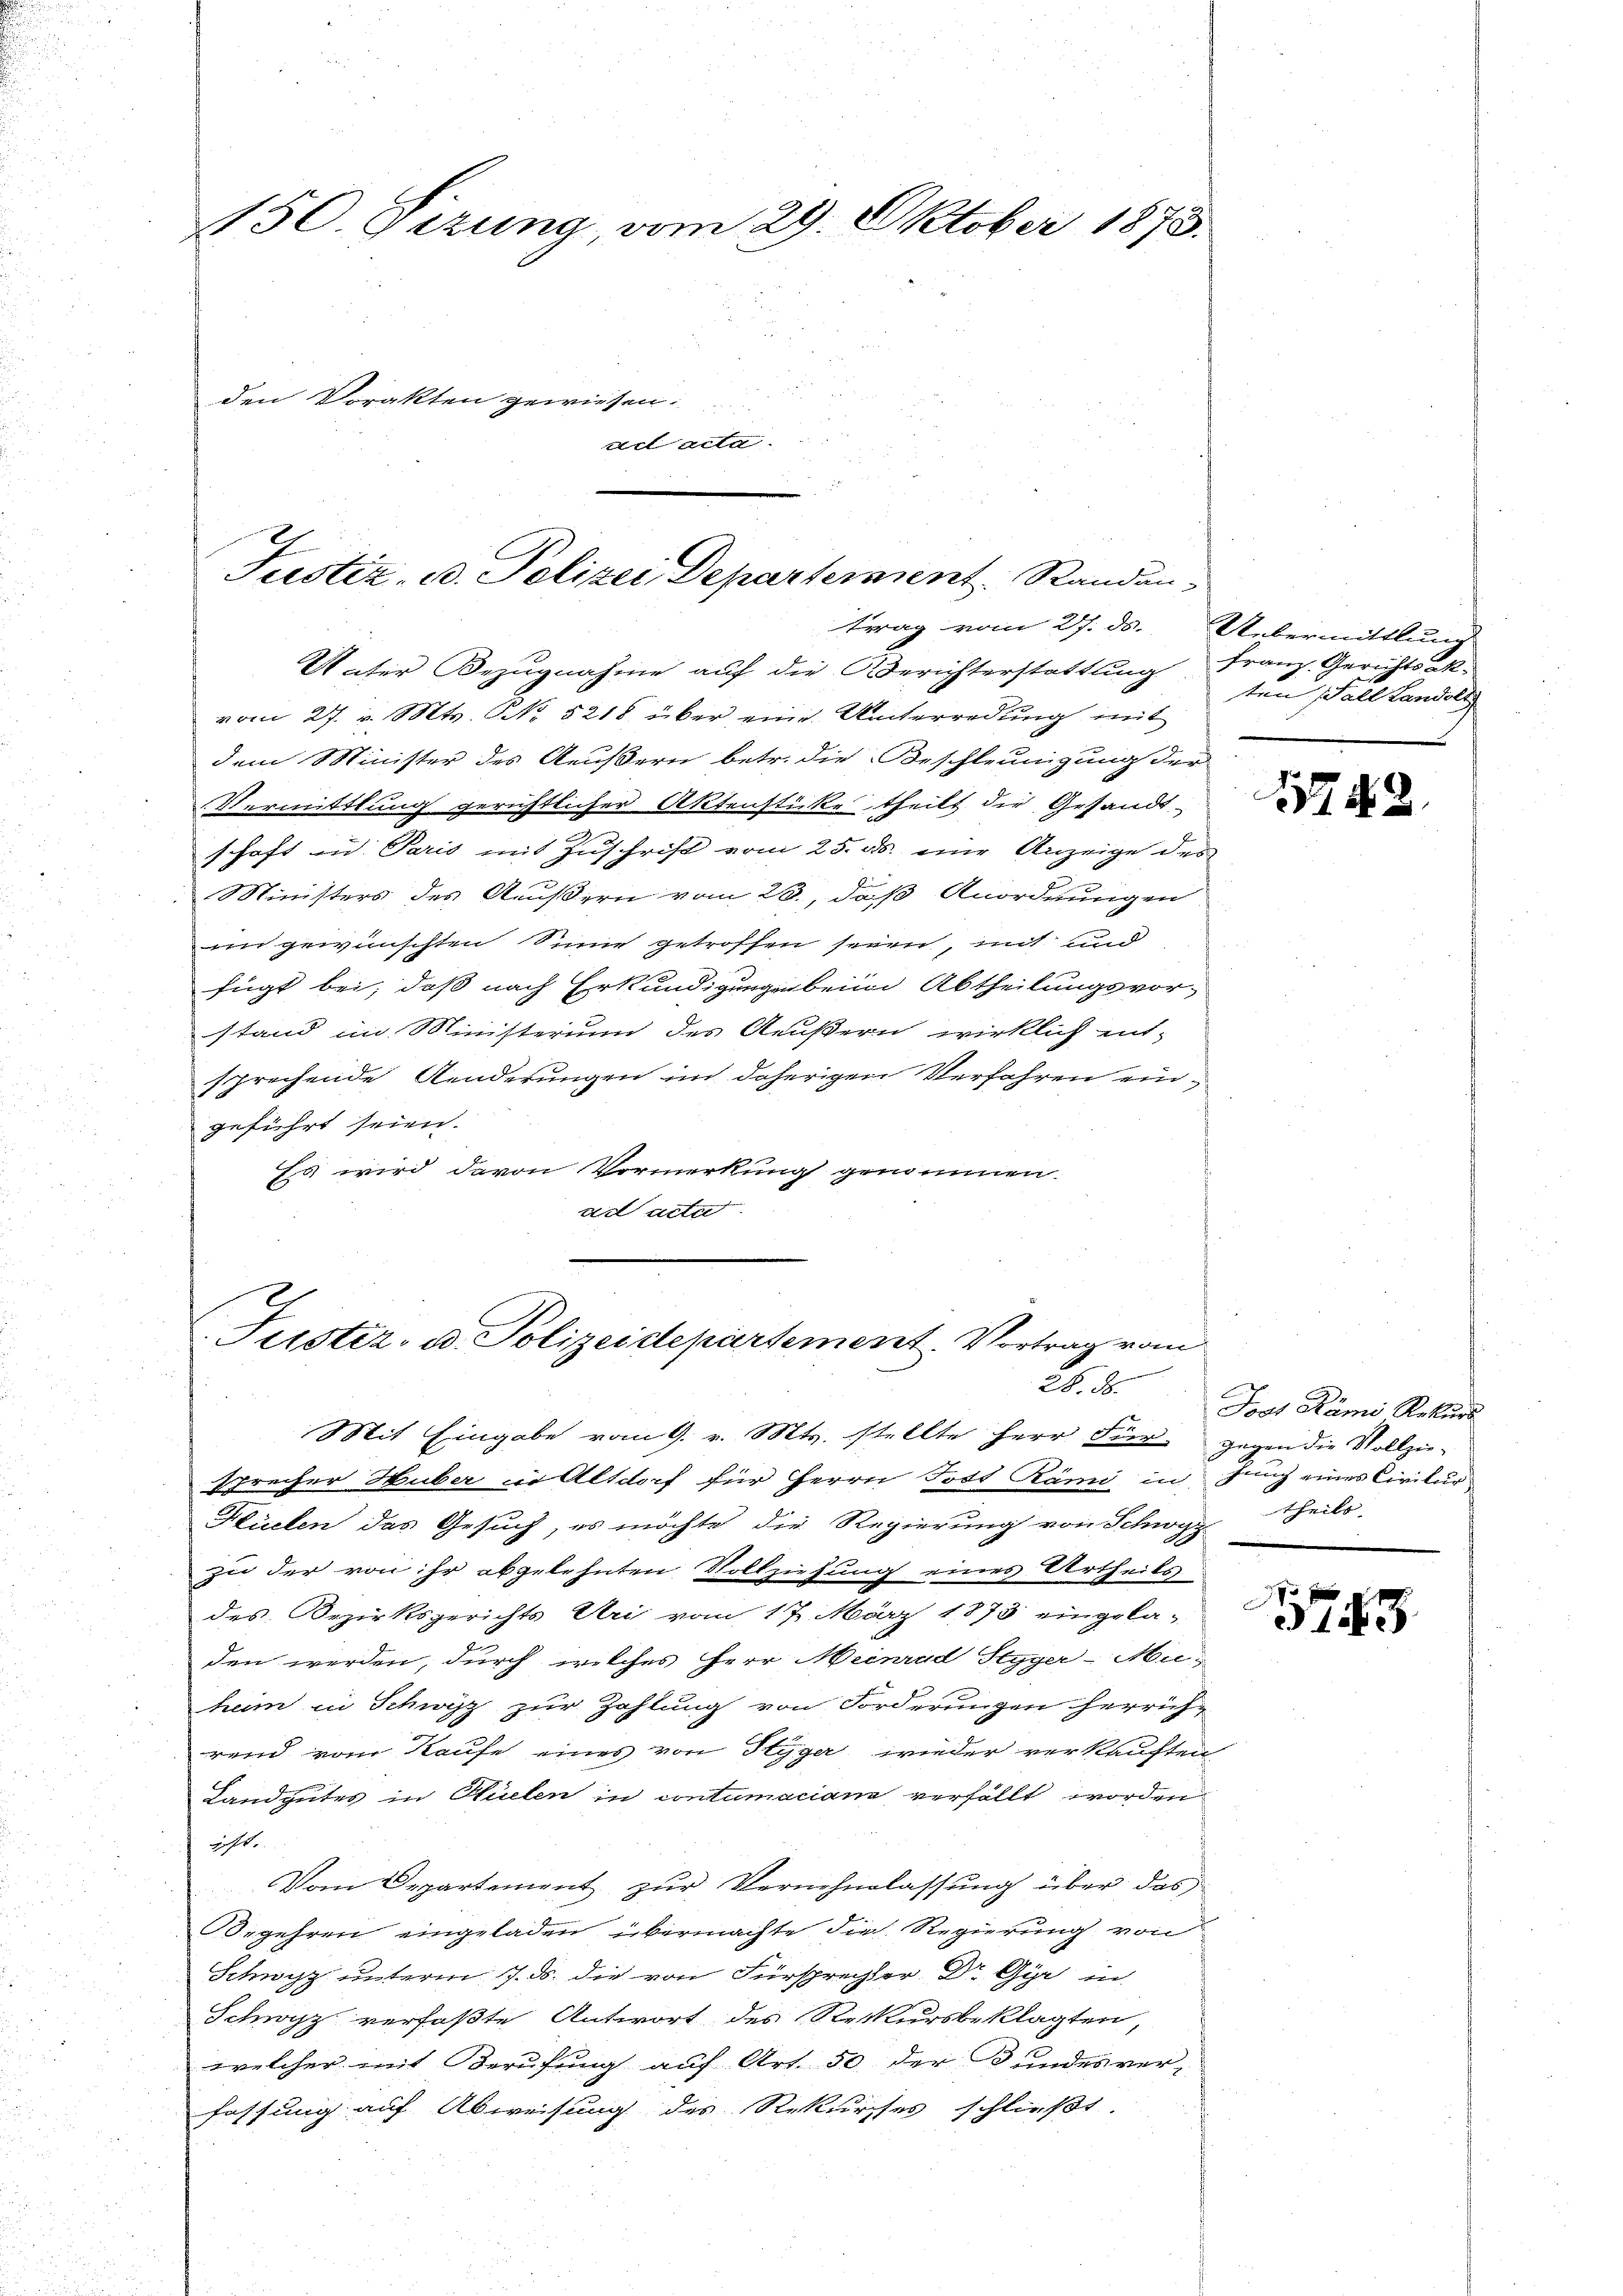
u

150. Sizung, vom 29. Oktober 1873.
den Vorakten gewiesen.
ail acta.

Justiz, B. Polizei Departement. Randan
trag vom 27. ds.

Vater Bezugnahme auf die Berichterstattung Franz. Gerichtsakvom 27. v. Mts. No. 5218 über eine Unterredung mit
dem Minister des Aeußern betr. die Beschleunigung der
Vermittlung gerichtlicher Aktenstücke theilt der Gesandt-
schaft in Paris mit Zuschrift vom 25. ds. eine Anzeige des
Ministers des Aeußern vom 23., daß Anordnungen
in gewünschten Sinne getroffen seien, mit und
fügt bei, daß nach Erkundigungen beim Abtheilungsvorstand im Ministerium des Aeußern wirklich ent-
sprechende Aenderungen in daherigen Verfahren eingeführt seien.
Ess wird davon Vormerkung genommen.
ad acte
Mit Eingabe vom 9. v. Mts. stellte Herr Fier, gegen die Vollzie-
spreiser Huber in Altdorf für Herrn Todt Rämi in jung eines Civilur
Hüelen das Gesuch, es möchte die Regierung von Schwyz theils
zu der von ihr abgelehnten Vollziehung eines Urtheils
des Bezirksgerichts Uri vom 17. März 1873 eingela-
den werden, durch welches Herr Meinrad Segger-Muheim in Schwyz zur Zahlung von Forderungen herrichrend vom Kaufe eines von Styger wieder verkauften
Landgutes in Hüelen in contumaciana verfällt worden
gehst.
Vom Departement zŭr Vernehmlassŭng über das
Oegehren eingeladen, übermachte die Regierung von
Schwyz unterm 7. ds. die von Fürsprechter Dr. Gyr in
Schwyz verfaßte Antwort des Rekursbeklagten,
welcher mit Berufung auf Art. 50 der Bundesverfassung auf Abweisung des Rekurses schließt:

Justiz- u. Polizeidepartement. Vortrag vom
28. 58.

Uebermittlung
ten Fall Landolt

1748

Jost Rämi Rekurs

1743